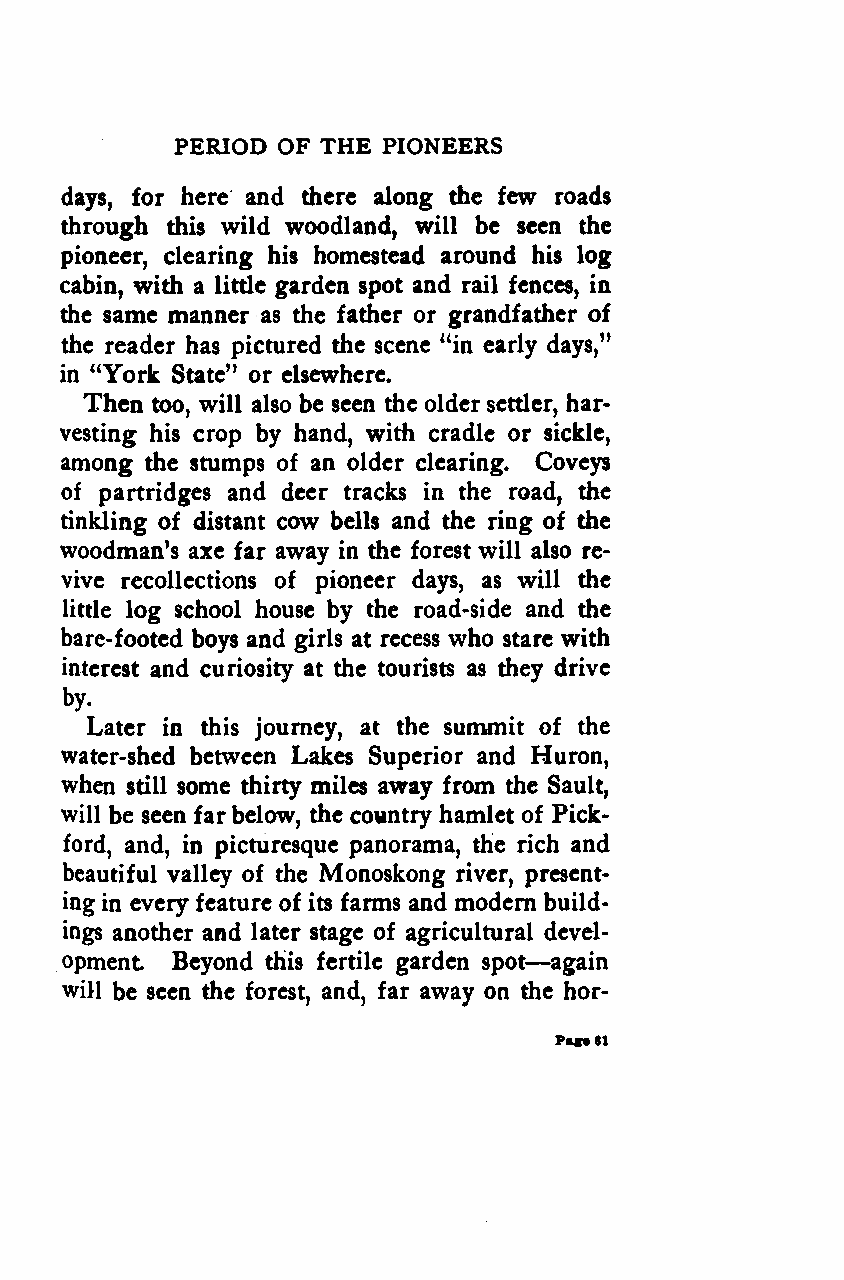
PERIOD OF THE PIONEERS
 days, for here and there along the few roads
 through this wild woodland, will be seen the
 pioneer, clearing his homestead around his log
 cabin, with a little garden spot and rail fences, in
 the same manner as the father or grandfather of
 the reader has pictured the scene "in early days,"
 in "York State" or elsewhere.
 Then too, will also be seen the older settler, har-
 vesting his crop by hand, with cradle or sickle,
 among the stumps of an older clearing. Coveys
 of partridges and deer tracks in the road, the
 tinkling of distant cow bells and the ring of the
 woodman's axe far away in the forest will also re-
 vive recollections of pioneer days, as will the
 little log school house by the road-side and the
 bare-footed boys and girls at recess who stare with
 interest and curiosity at the tourists as they drive
 by.
 Later in this journey, at the summit of the
 water-shed between Lakes Superior and Huron,
 when still some thirty miles away from the Sault,
 will be seen far below, the country hamlet of Pick-
 ford, and, in picturesque panorama, the rich and
 beautiful valley of the Monoskong river, present-
 ing in every feature of its farms and modern build-
 ings another and later stage of agricultural devel-
 —
 opment Beyond this fertile garden spot again
 will be seen the forest, and, far away on the hor-
 Pa*t81
 Google
 Digitizedby